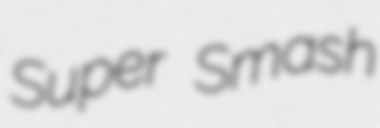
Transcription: Super Smash